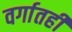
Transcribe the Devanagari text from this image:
वर्गातही